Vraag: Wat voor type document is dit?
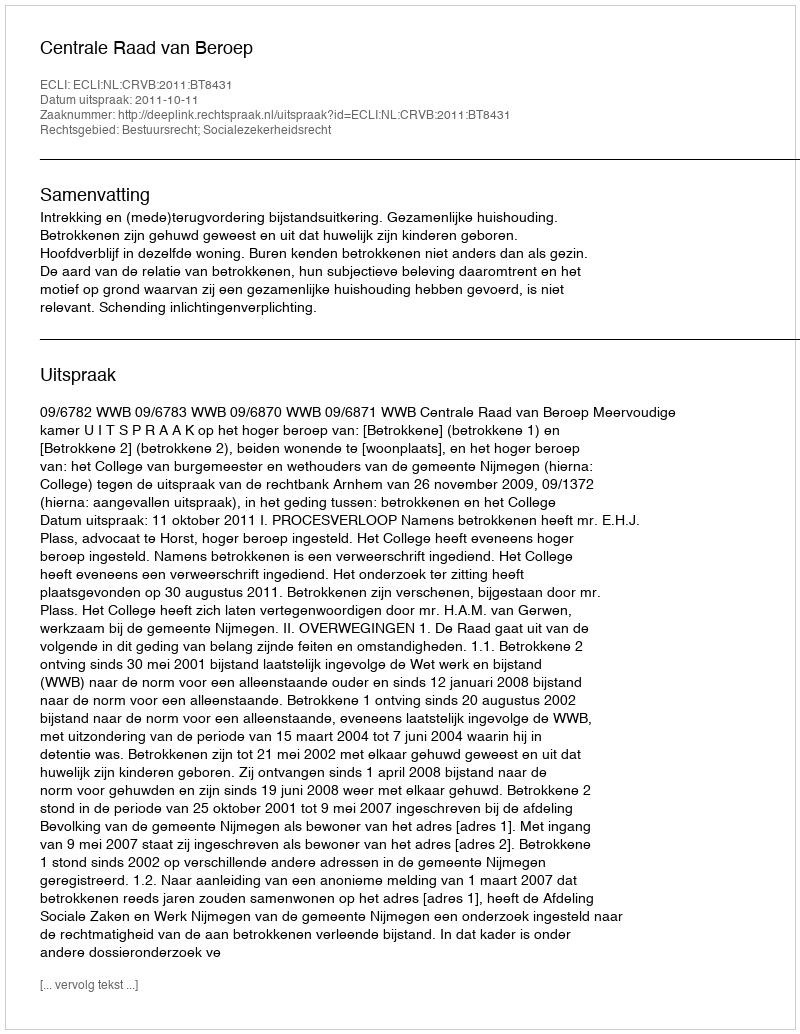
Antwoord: Uitspraak